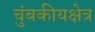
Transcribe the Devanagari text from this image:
चुंबकीयक्षेत्र